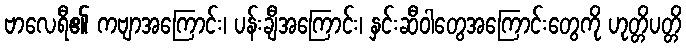
ဗာလေရီ၏ ကဗျာအကြောင်း၊ ပန်းချီအကြောင်း၊ နှင်းဆီဝါတွေအကြောင်းတွေကို ဟုတ္တိပတ္တိ